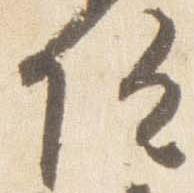
院